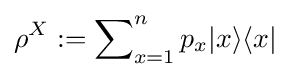
\rho ^{X}:=\sum \nolimits _{x=1}^{n}p_{x}|x\rangle \langle x|